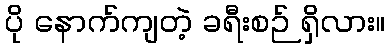
ပို နောက်ကျတဲ့ ခရီးစဉ် ရှိလား။